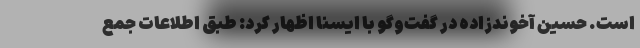
است. حسین آخوندزاده در گفت‌وگو با ایسنا اظهار کرد: طبق اطلاعات جمع